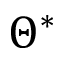
\Theta ^ { * }